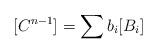
LaTeX: \begin{align*}[C^{n-1}] = \sum b_{i}[B_{i}]\end{align*}